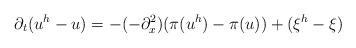
LaTeX: \begin{align*}\partial_t(u^h-u)=-(-\partial_x^2)(\pi(u^h)-\pi(u))+(\xi^h-\xi)\end{align*}